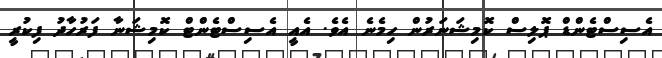
އެސިސްޓެންޑް ޕޮލިސް ކޮމިޝަނަރުން ހިމެނެ އެެވެ. އެއީ އެސިސްޓެންޓް ކޮމިޝަނާ ފަރުހާދު ފިކުރީ